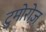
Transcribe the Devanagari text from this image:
टुमोरोज़